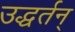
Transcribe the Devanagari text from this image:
उद्धर्तन्